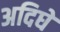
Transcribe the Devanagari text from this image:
अदिघे